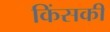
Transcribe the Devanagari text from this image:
किंसकी